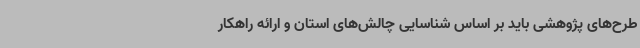
طرح‌های پژوهشی باید بر اساس شناسایی چالش‌های استان و ارائه راهکار